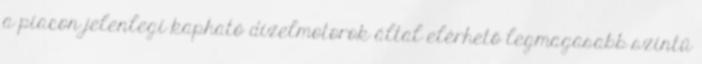
a piacon jelenlegi kapható dízelmotorok által elérhető legmagasabb szintű